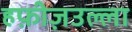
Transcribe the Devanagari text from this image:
हफ़ीज़उल्ला